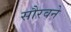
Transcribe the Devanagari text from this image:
सौरवने